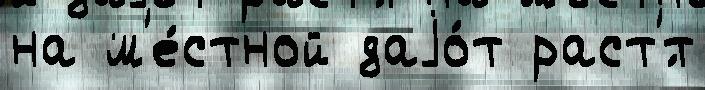
на м'е́стной даjо́т раст'́т